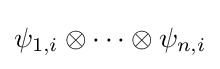
\psi _{1,i}\otimes \cdots \otimes \psi _{n,i}